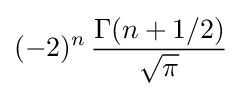
(-2)^{n}\,{\frac {\Gamma (n+1/2)}{\sqrt {\pi }}}